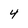
Character: 4